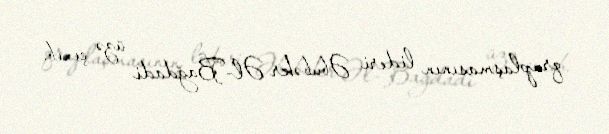
qruplaşmasının lideri Əbubəkr Əl-Bağdadi üzə çıxıb.